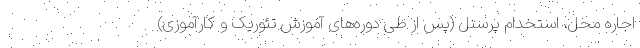
اجاره محل، استخدام پرسنل (پس از طی دوره­های آموزش تئوریک و کارآموزی)